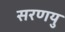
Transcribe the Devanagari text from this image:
सरणयु